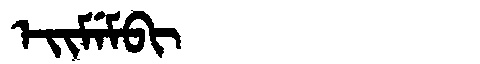
Manchu: ᡝᡳᠮᡝᠮᠪᡳ
Romanization: EIMEMBI